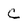
Character: C